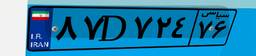
۵۶D۸۱۳۲۴